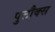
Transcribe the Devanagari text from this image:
पुटौक्स